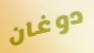
دوغان